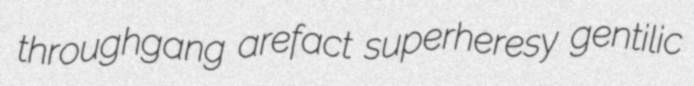
throughgang arefact superheresy gentilic